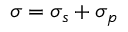
\boldsymbol { \sigma } = \boldsymbol { \sigma _ { s } } + \boldsymbol { \sigma _ { p } }